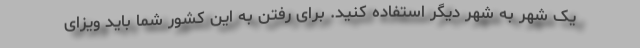
یک شهر به شهر دیگر استفاده کنید. برای رفتن به این کشور شما باید ویزای